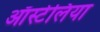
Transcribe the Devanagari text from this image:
ऑर्स्टेलिया